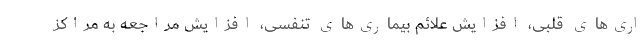
اری‌های قلبی، افزایش علائم بیماری‌های تنفسی، افزایش مراجعه به مراکز